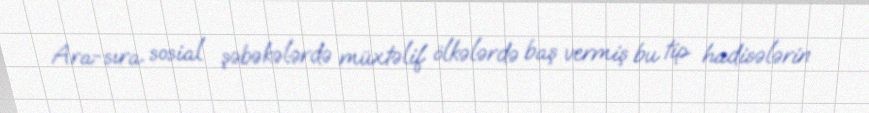
Ara-sıra sosial şəbəkələrdə müxtəlif ölkələrdə baş vermiş bu tip hadisələrin